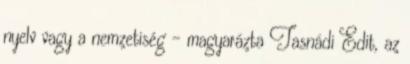
nyelv vagy a nemzetiség - magyarázta Tasnádi Edit, az